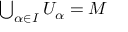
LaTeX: \textstyle \bigcup _ { \alpha \in I } U _ { \alpha } = M